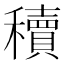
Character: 𬔃